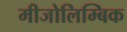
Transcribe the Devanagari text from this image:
मीजोलिम्बिक